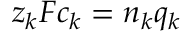
z _ { k } F c _ { k } = n _ { k } q _ { k }